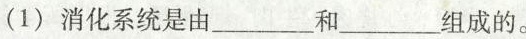
(1)消化系统是由___和___组成的。